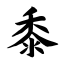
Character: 黍